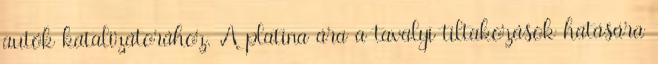
autók katalizátorához. A platina ára a tavalyi tiltakozások hatására